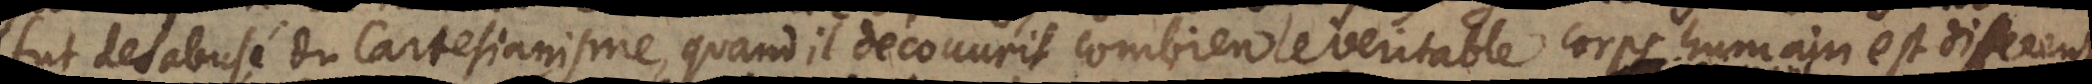
fut desabusé du Cartesianisme, quand il decouvrit combien le veritable corps humain est different